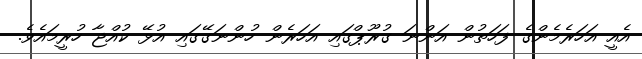
އެއީ އަހަރެމެންގެ ފަހަތުން އަންނަ ގުރޫޕްގައި އަހަރެން ހުންނަގޭގައި އުޅޭ ކުއްޖާ ހުރީމައެވެ.